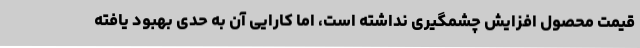
قیمت محصول افزایش چشمگیری نداشته است، اما کارایی آن به حدی بهبود یافته